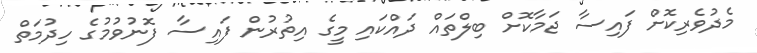
މެދުވެރިކޮށް ފައިސާ ޖަމާކޮށް ބިލްތައް ދައްކައި މީގެ އިތުރުން ފައިސާ ފޮނުވުމުގެ ހިދުމަތް